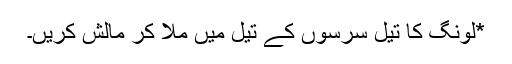
*لونگ کا تیل سرسوں کے تیل میں ملا کر مالش کریں۔